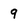
Character: 9